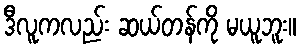
ဒီလူကလည်း ဆယ်တန်ကို မယူဘူး။